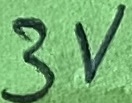
Text: 3V